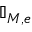
\mathbb { I } _ { M , e }